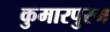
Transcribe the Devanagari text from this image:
कुमारपुरम